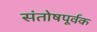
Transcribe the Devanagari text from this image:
संतोषपूर्वक